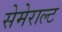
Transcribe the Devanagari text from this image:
सेमेराल्ट